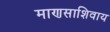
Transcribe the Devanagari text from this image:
माणसाशिवाय